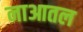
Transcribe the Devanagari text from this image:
नाआतल